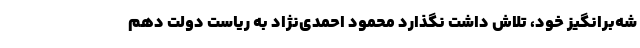
شه‌برانگیز خود، تلاش داشت نگذارد محمود احمدی‌نژاد به ریاست دولت دهم